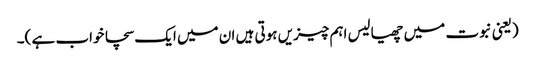
(یعنی نبوت میں چھیالیس اہم چیزیں ہوتی ہیں ان میں ایک سچا خواب ہے )۔